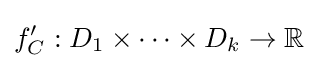
f_{C}':D_{1}\times \cdots \times D_{k}\to \mathbb {R}